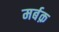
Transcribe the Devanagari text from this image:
मर्बक़